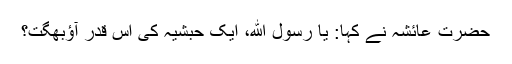
حضرت عائشہ نے کہا: یا رسول ﷲ، ایک حبشیہ کی اس قدر آؤبھگت؟